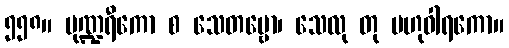
၅၅၈။ ပုဏ္ဍရီကော စ သေတမ္ဗော၊ သေလု တု ဗဟုဝါရကော။